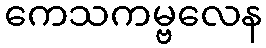
ကေသကမ္ဗလေန